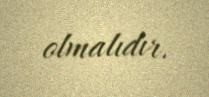
olmalıdır.